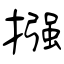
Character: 摾